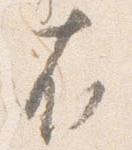
在